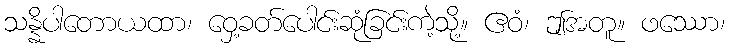
သန္နိပါတောယထာ၊ ဝှေ့ခတ်ပေါင်းဆုံခြင်းကဲ့သို့။ ဧဝံ၊ ဤအတူ။ ဖဿော၊